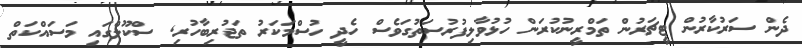
ދެން ސަރުކާރުން ޓީޗަރުން ތަމްރީނުކުރަން ހުޅުވާލިފުރުސަތުގަވެސް ހެދީ ހުސްމަކަރު ތަޖުރިބާހުރި